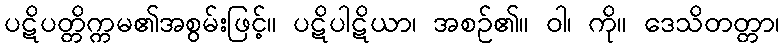
ပဋိပတ္တိက္ကမ၏အစွမ်းဖြင့်။ ပဋိပါဋိယာ၊ အစဉ်၏။ ဝါ၊ ကို။ ဒေသိတတ္တာ၊